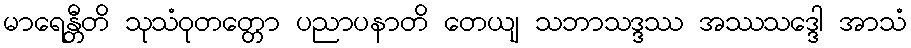
မာရေန္တီတိ သုသံဝုတတ္တော ပညာပနာတိ တေယျ သဘာသဒ္ဒဿ အဿသဒ္ဒေါ အာသံ